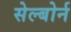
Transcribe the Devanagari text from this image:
सेल्बोर्न